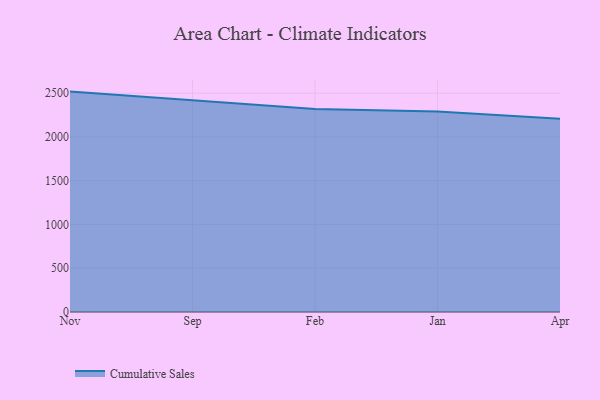
{"axis": {"x": "Month", "y": "Headcount"}, "legend": ["Cumulative Sales"], "data": [{"x": "Nov", "y": 2518.0, "type": "Cumulative Sales"}, {"x": "Sep", "y": 2416.6, "type": "Cumulative Sales"}, {"x": "Feb", "y": 2318.9, "type": "Cumulative Sales"}, {"x": "Jan", "y": 2289.5, "type": "Cumulative Sales"}, {"x": "Apr", "y": 2208.0, "type": "Cumulative Sales"}]}